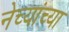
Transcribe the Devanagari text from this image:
नेच्यांच्या